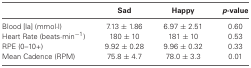
<table><thead><tr><td></td><td><b>Sad</b></td><td><b>Happy</b></td><td><b><i>p</i>-value</b></td></tr></thead><tbody><tr><td>Blood [la] (mmol·l)</td><td>7.13 ± 1.86</td><td>6.97 ± 2.51</td><td>0.60</td></tr><tr><td>Heart Rate (beats·min<sup>−1</sup>)</td><td>180 ± 10</td><td>181 ± 10</td><td>0.53</td></tr><tr><td>RPE (0–10+)</td><td>9.92 ± 0.28</td><td>9.96 ± 0.32</td><td>0.33</td></tr><tr><td>Mean Cadence (RPM)</td><td>75.8 ± 4.7</td><td>78.0 ± 3.3</td><td>0.01</td></tr></tbody></table>